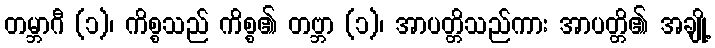
တမ္ဘာဂီ (၁)၊ ကိစ္စသည် ကိစ္စ၏ တဗ္ဘာ (၁)၊ အာပတ္တိသည်ကား အာပတ္တိ၏ အချို့